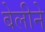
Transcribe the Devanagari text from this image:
बेलीने